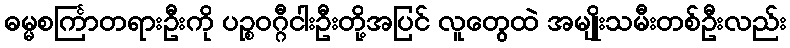
ဓမ္မစင်္ကြာတရားဦးကို ပဉ္စဝဂ္ဂီငါးဦးတို့အပြင် လူတွေထဲ အမျိုးသမီးတစ်ဦးလည်း